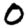
Digit: 0